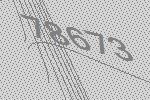
78673